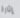
إثارة